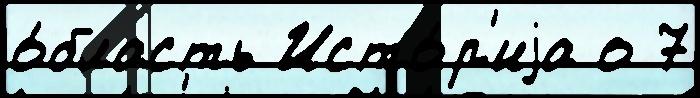
о́бласть Исто́р'иjа о 7